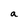
Character: a